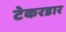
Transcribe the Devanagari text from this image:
टेकरडार